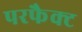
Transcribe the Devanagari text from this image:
परफैक्ट